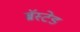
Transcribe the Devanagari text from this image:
ब्रॅस्टेड